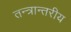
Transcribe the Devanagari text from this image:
तन्त्रान्तरीय